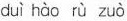
duì hào rù zuò